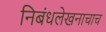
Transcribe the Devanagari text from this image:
निबंधलेखनाचाच